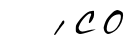
́ со